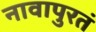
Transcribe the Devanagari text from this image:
नावापुरतं